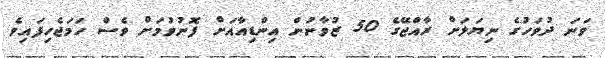
ވަނަ ދުވަހުގެ ނިޔަލަށް ރާއްޖޭގެ 50 ޒުވާނުން އިންޑިއާއަށް ފޮނުވުމަށް ވެސް ހަމަޖެހިފައިވެ